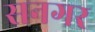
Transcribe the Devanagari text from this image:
सनगर